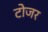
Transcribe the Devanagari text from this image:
टोजर